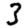
Digit: 3